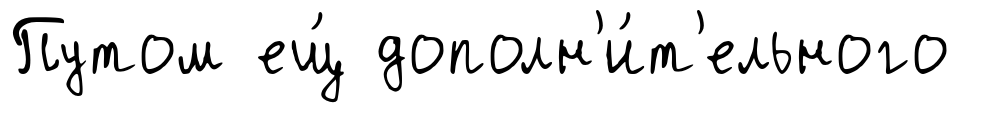
Путом ещ́ дополн'и́т'ельного